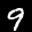
Label: 9